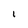
Character: 1